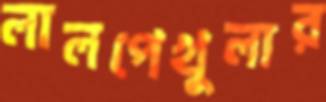
লালপেখুলার